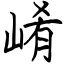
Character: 崤